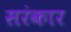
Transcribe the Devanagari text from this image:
सरंकार